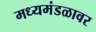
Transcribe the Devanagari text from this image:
मध्यमंडळावर